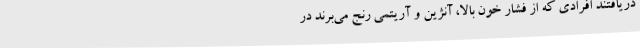
دریافتند افرادی که از فشار خون بالا، آنژین و آریتمی رنج می‌برند در